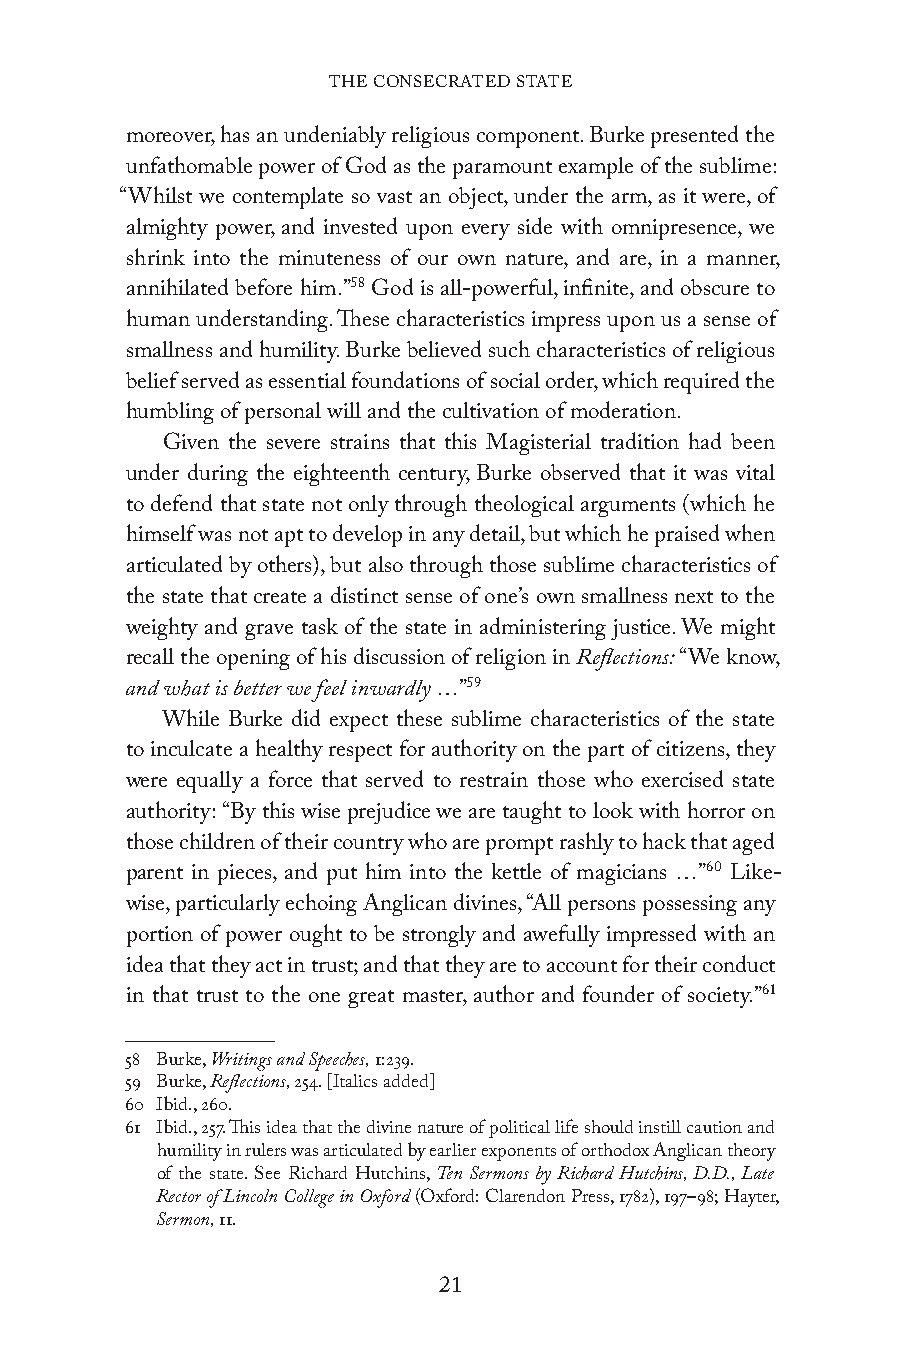
THE CONSECRATED STATE
 moreover, has an undeniably religious component. Burke presented the
 unfathomable power of God as the paramount example of the sublime:
 “Whilst we contemplate so vast an object, under the arm, as it were, of
 almighty power, and invested upon every side with omnipresence, we
 shrink into the minuteness of our own nature, and are, in a manner,
 annihilated before him.”58 God is all-powerful, infinite, and obscure to
 human understanding. These characteristics impress upon us a sense of
 smallness and humility. Burke believed such characteristics of religious
 belief served as essential foundations of social order, which required the
 humbling of personal will and the cultivation of moderation.
 Given the severe strains that this Magisterial tradition had been
 under during the eighteenth century, Burke observed that it was vital
 to defend that state not only through theological arguments (which he
 himself was not apt to develop in any detail, but which he praised when
 articulated by others), but also through those sublime characteristics of
 the state that create a distinct sense of one’s own smallness next to the
 weighty and grave task of the state in administering justice. We might
 recall the opening of his discussion of religion in Reflections: “We know,
 and what is better we feel inwardly …”59
 While Burke did expect these sublime characteristics of the state
 to inculcate a healthy respect for authority on the part of citizens, they
 were equally a force that served to restrain those who exercised state
 authority: “By this wise prejudice we are taught to look with horror on
 those children of their country who are prompt rashly to hack that aged
 parent in pieces, and put him into the kettle of magicians …”60 Like-
 wise, particularly echoing Anglican divines, “All persons possessing any
 portion of power ought to be strongly and awefully impressed with an
 idea that they act in trust; and that they are to account for their conduct
 in that trust to the one great master, author and founder of society.”61
 58 Burke, Writings and Speeches, 1:239.
 59 Burke, Reflections, 254. [Italics added]
 60 Ibid., 260.
 61 Ibid., 257. This idea that the divine nature of political life should instill caution and
 humility in rulers was articulated by earlier exponents of orthodox Anglican theory
 of the state. See Richard Hutchins, Ten Sermons by Richard Hutchins, D.D., Late
 Rector of Lincoln College in Oxford (Oxford: Clarendon Press, 1782), 197–98; Hayter,
 Sermon, 11.
 21